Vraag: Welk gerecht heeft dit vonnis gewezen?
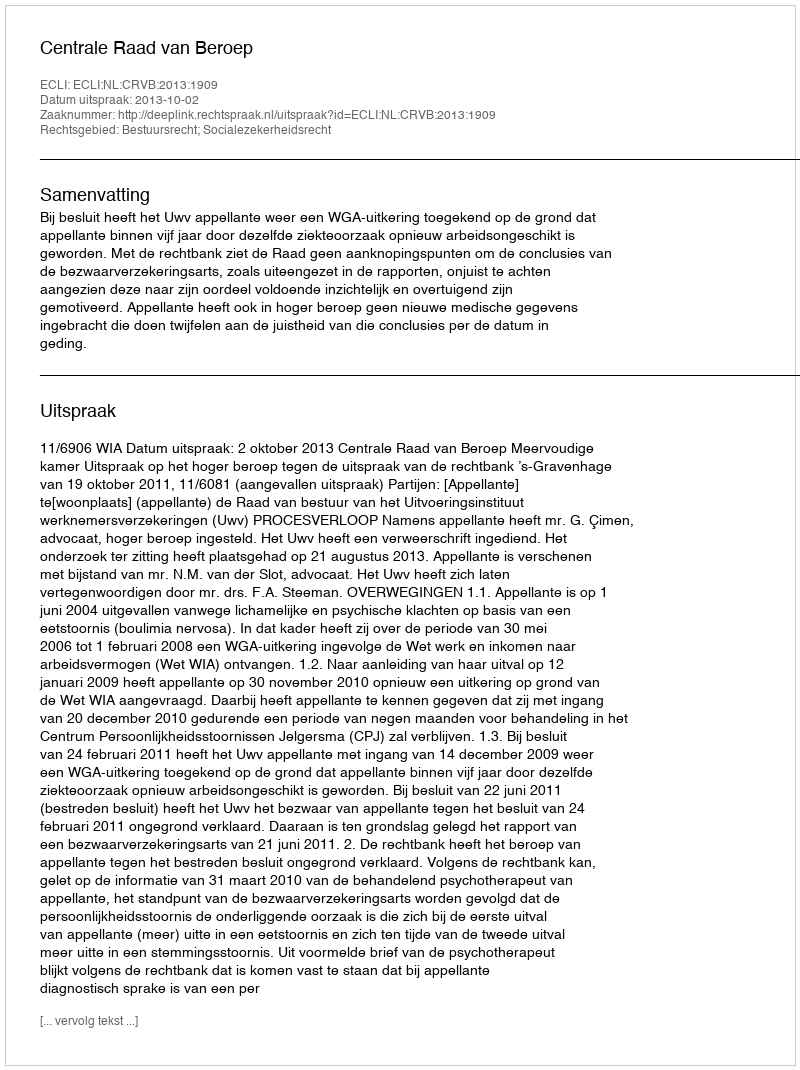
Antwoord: Centrale Raad van Beroep